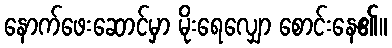
နောက်ဖေးဆောင်မှာ မိုးရေလျှော စောင်းနေ၏။